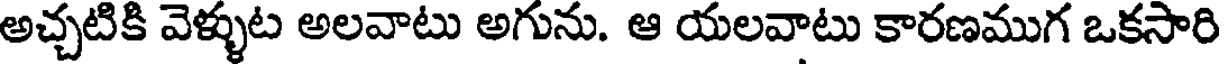
అచ్చటికి వెళ్ళుట అలవాటు అగును. ఆ యలవాటు కారణముగ ఒకసారి